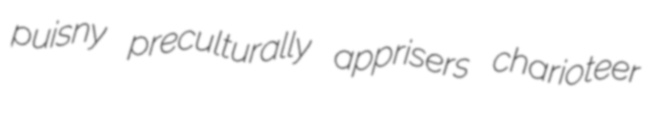
puisny preculturally apprisers charioteer